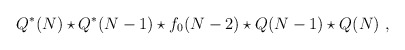
\begin{align*}Q^*(N) \star Q^*(N-1) \star f_0(N-2)\star Q(N-1)\star Q(N)~,\end{align*}